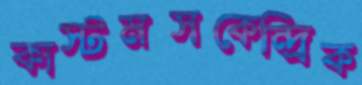
কাস্টমসকেন্দ্রিক